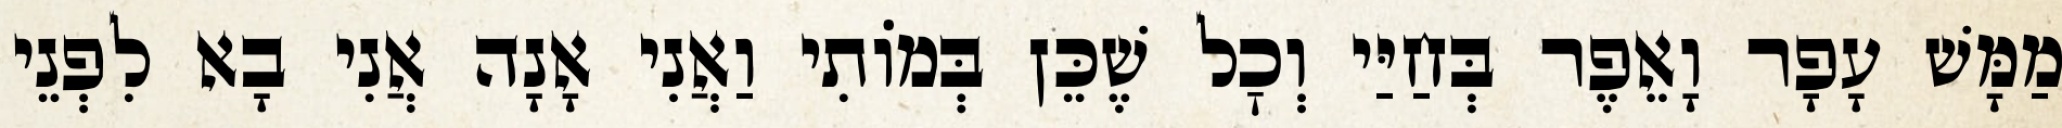
מַמָּשׁ עָפָר וָאֵפֶר בְּחַיַּי וְכׇל שֶׁכֵּן בְּמוֹתִי וַאֲנִי אָנָה אֲנִי בָא לִפְנֵי